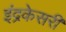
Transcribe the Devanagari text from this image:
इंद्रकेसरी